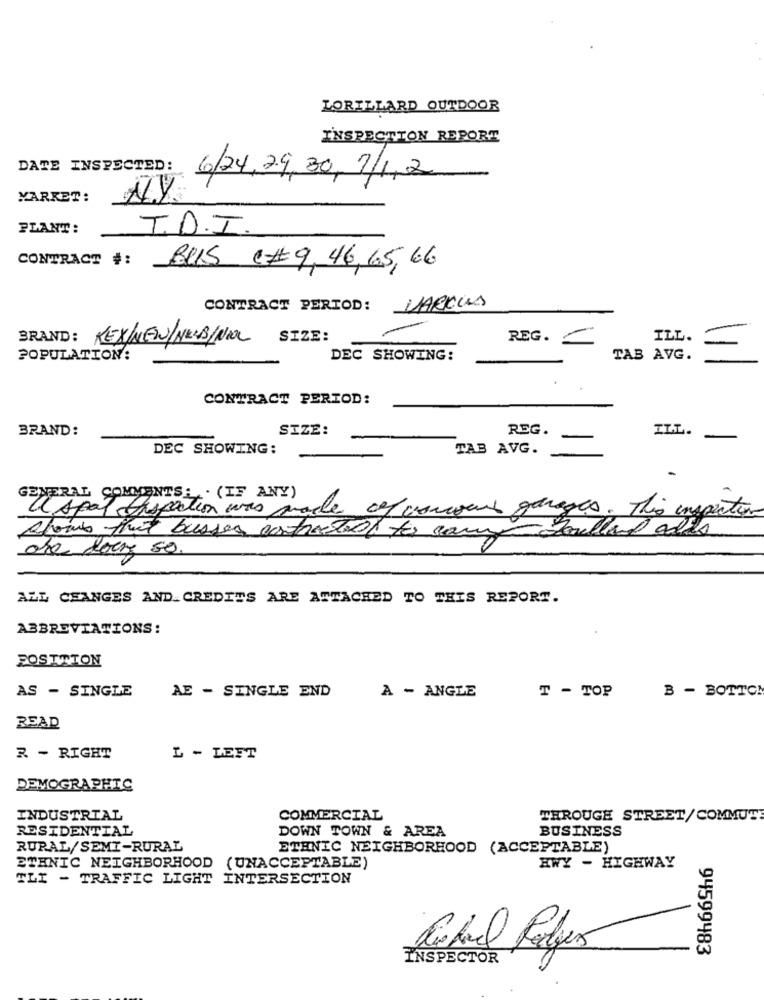
LORILLARD OUTDOOR
INSPECTION REPORT
DAME INSPECTED: 6/24,29,30, 7/1,2
MARKET:
PLANT:
T.D.I.
CONTRACT #:
BUS C#9, 46, 65, 66
CONTRACT PERIOD: MARKUS
-
BRAND:
SIZE:
REG.
ILL.
POPULATION:
DEC SHOWING:
TAB AVG.
-
CONTRACT PERIOD:
BRAND:
SIZE:
REG.
ILL.
DEC SHOWING:
TAB AVG.
GENERAL COMMENTS: . (IF ANY)
aspat tisfaction was made of concours garages. This inspection
Alows this busses atracted to con
Soulland alls
are Rous so.
ALL CHANGES AND. CREDITS ARE ATTACHED TO THIS REPORT.
ABBREVIATIONS:
POSITION
AS - SINGLE
AE - SINGLE END
B - BOTTOM
A - ANGLE
T - TOP
READ
R - RIGHT
L - LEFT
DEMOGRAPHIC
INDUSTRIAL
COMMERCIAL
THROUGH STREET/COMMUT
RESIDENTIAL
BUSINESS
DOWN TOWN & AREA
RURAL/SEMI-RURAL
ETHNIC NEIGHBORHOOD (ACCEPTABLE)
ETHNIC NEIGHBORHOOD (UNACCEPTABLE)
HWY - HIGHWAY
TLI - TRAFFIC LIGHT INTERSECTION
Label Felizes
94599483
INSPECTOR